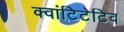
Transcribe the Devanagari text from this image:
क्वांटिटेटिव